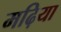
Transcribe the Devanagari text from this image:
मढ़िया